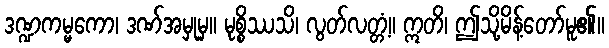
ဒဏ္ဍကမ္မကော၊ ဒဏ်အမှုမှ။ မုစ္စိဿသိ၊ လွတ်လတ္တံ့။ ဣတိ၊ ဤသို့မိန့်တော်မူ၏။